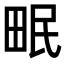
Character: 𤱕